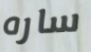
ساره